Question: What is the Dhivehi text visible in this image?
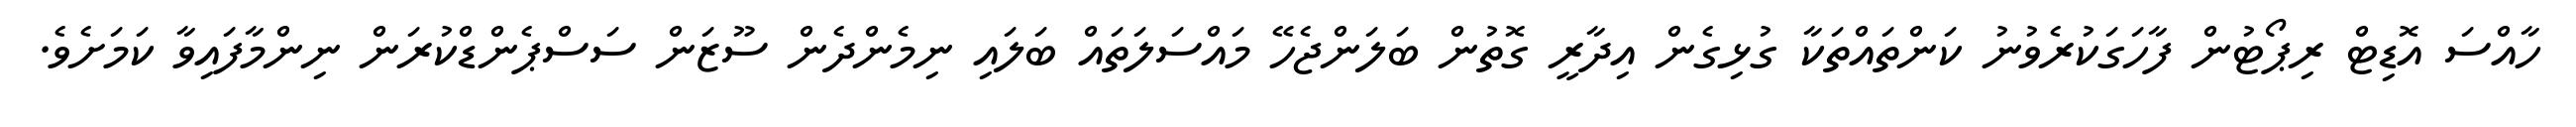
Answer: ހާއްސަ އޮޑިޓް ރިޕޯޓުން ފާހަގަކުރެވުނު ކަންތައްތަކާ ގުޅިގެން އިދާރީ ގޮތުން ބަލަންޖެހޭ މައްސަލަތައް ބަލައި ނިމެންދެން ސޫޒަން ސަސްޕެންޑްކުރަން ނިންމާފައިވާ ކަމަށެވެ.